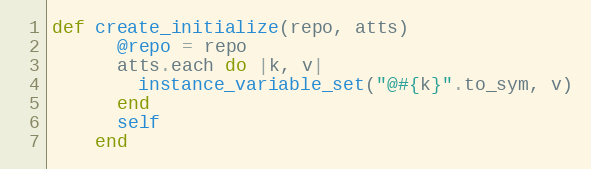
Language: Ruby
def create_initialize(repo, atts)
      @repo = repo
      atts.each do |k, v|
        instance_variable_set("@#{k}".to_sym, v)
      end
      self
    end